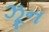
ઝૂન